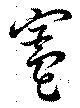
竈